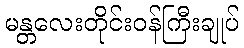
မန္တလေးတိုင်းဝန်ကြီးချုပ်